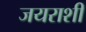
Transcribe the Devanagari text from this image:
जयराशी